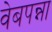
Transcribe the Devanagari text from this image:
वेबपन्ना